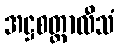
အဋ္ဌစတ္တာလီသံ